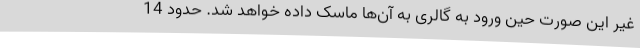
غیر این صورت حین ورود به گالری به آن‌ها ماسک داده خواهد شد. حدود 14